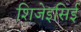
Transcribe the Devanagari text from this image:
शिजेइसिई